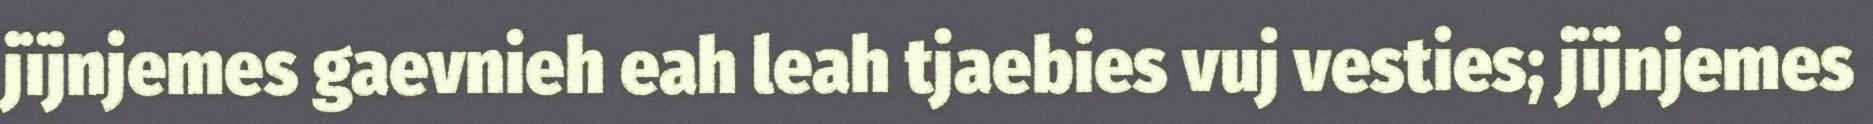
jïjnjemes gaevnieh eah leah tjaebies vuj vesties; jïjnjemes